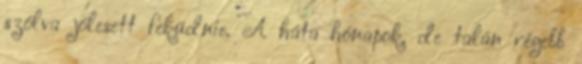
szólva jólesett feküdnie. A háta hónapok, de talán régebb